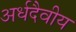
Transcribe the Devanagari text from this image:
अर्धदैवीय